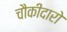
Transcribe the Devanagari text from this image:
चौकीदारो